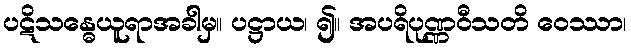
ပဋိသန္ဓေယူရာအခါမှ။ ပဋ္ဌာယ၊ ၍။ အပရိပုဏ္ဏဝီသတိ ဝေဿာ၊